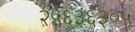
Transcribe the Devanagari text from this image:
२५६३६३०५